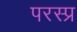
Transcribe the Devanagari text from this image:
परस्प्र